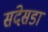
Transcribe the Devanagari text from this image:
संदेसडा